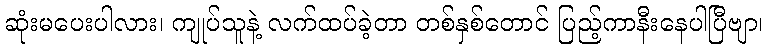
ဆုံးမပေးပါလား၊ ကျုပ်သူနဲ့ လက်ထပ်ခဲ့တာ တစ်နှစ်တောင် ပြည့်ကာနီးနေပါပြီဗျာ၊